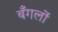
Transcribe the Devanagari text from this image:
बँगलों